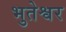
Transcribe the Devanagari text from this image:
भुतेश्वर